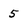
Character: 5